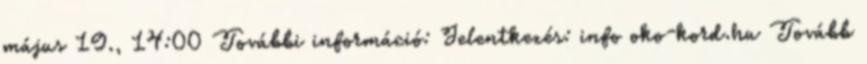
május 19., 14:00 További információ: Jelentkezés: info oko-kord.hu Tovább